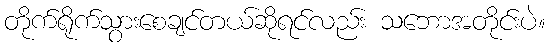
တိုက်ရိုက်သွားစေချင်တယ်ဆိုရင်လည်း သဘောအတိုင်းပဲ။